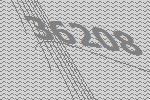
36208